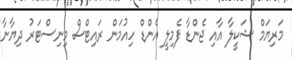
މަރިޔަމް ޝަކީލާ އާއި ޖެންޑާ ފެމިލީ އެންޑް ހިއުމަން ރައިޓްސް މިނިސްޓަރު ދިޔާނާ